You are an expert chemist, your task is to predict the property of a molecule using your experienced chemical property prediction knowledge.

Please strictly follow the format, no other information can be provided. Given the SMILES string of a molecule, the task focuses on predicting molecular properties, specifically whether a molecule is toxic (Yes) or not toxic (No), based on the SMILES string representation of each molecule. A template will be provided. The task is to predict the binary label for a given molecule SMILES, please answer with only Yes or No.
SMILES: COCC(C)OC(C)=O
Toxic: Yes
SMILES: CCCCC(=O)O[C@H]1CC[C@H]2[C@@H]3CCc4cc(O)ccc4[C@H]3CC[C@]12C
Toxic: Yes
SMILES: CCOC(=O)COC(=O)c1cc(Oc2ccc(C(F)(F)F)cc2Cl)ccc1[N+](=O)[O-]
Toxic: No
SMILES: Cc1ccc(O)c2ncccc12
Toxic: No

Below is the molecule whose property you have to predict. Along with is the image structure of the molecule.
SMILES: C=COCCCCO
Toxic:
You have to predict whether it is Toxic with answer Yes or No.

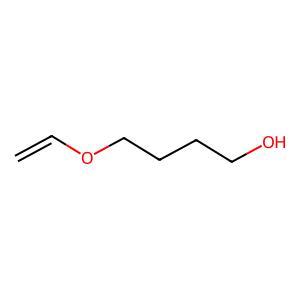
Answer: No